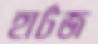
হার্টজ